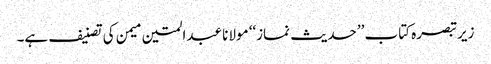
زیرتبصرہ کتاب ’’حدیث نماز‘‘ مولانا عبدالمتین میمن کی تصنیف ہے۔